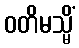
ဝတိမသ္မိံ